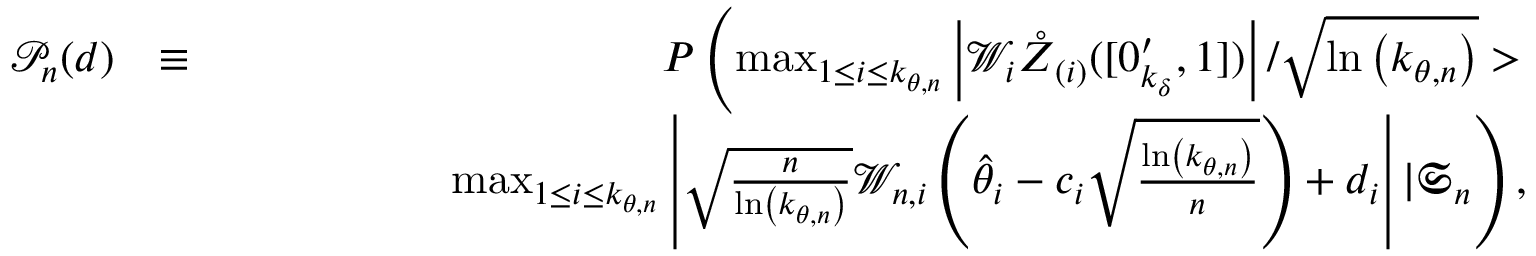
\begin{array} { r l r } { \mathcal { P } _ { n } ( d ) } & { \equiv } & { P \left( \operatorname* { m a x } _ { 1 \leq i \leq k _ { \theta , n } } \left\vert \mathcal { W } _ { i } \boldsymbol { \mathring { Z } } _ { ( i ) } ( [ \boldsymbol { 0 } _ { k _ { \delta } } ^ { \prime } , 1 ] ) \right\vert / \sqrt { \ln \left( k _ { \theta , n } \right) } > \right. } \\ & { } & { \mathrm { ~ \ \ \ \ \ \ \ \ \ \ \ \ \ } \left. \operatorname* { m a x } _ { 1 \leq i \leq k _ { \theta , n } } \left\vert \sqrt { \frac { n } { \ln \left( k _ { \theta , n } \right) } } \mathcal { W } _ { n , i } \left( \hat { \theta } _ { i } - c _ { i } \sqrt { \frac { \ln \left( k _ { \theta , n } \right) } { n } } \right) + d _ { i } \right\vert | \mathfrak { S } _ { n } \right) , } \end{array}